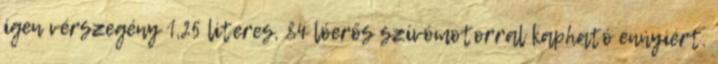
igen vérszegény 1,25 literes, 84 lóerős szívómotorral kapható ennyiért.